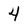
Character: 4